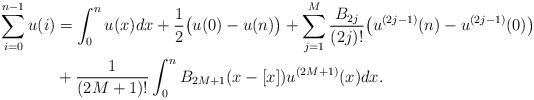
LaTeX: \begin{align*}\sum_{i=0}^{n-1} u(i)&=\int_0^n u(x) dx+\frac{1}{2}\big(u(0)-u(n)\big)+\sum_{j=1}^{M}\frac{B_{2j}}{(2j)!}\big(u^{(2j-1)}(n)-u^{(2j-1)}(0)\big)\\&+\frac{1}{(2M+1)!} \int_0^n B_{2M+1}(x-[x]) u^{(2M+1)}(x)dx.\end{align*}